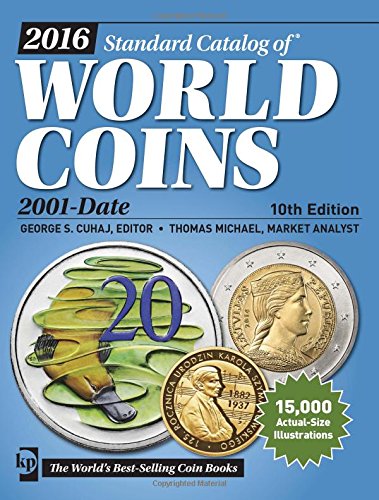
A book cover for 2016 Standard Catalog of World Coins 2001-Date; Crafts, Hobbies & Home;